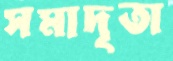
সমাদৃতা